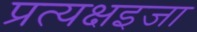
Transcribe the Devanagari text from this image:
प्रत्यक्षइजा